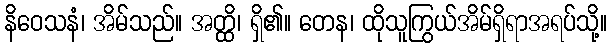
နိဝေသနံ၊ အိမ်သည်။ အတ္ထိ၊ ရှိ၏။ တေန၊ ထိုသူကြွယ်အိမ်ရှိရာအရပ်သို့။